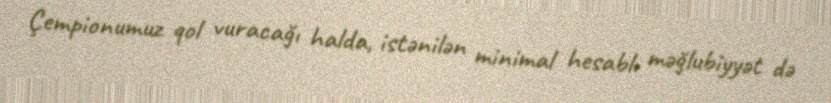
Çempionumuz qol vuracağı halda, istənilən minimal hesablı məğlubiyyət də